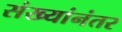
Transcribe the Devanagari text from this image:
संख्यांनंतर